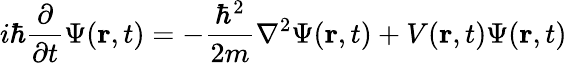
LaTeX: i\hbar{\frac{\partial}{\partial t}}\Psi(\mathbf{r},t)=-{\frac{\hbar^{2}}{2m}}\nabla^{2}\Psi(\mathbf{r},t)+V(\mathbf{r},t)\Psi(\mathbf{r},t)